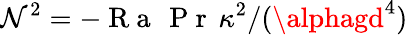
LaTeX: \mathcal{N}^{2}=-\mathrm{{~R~a~\, ~P~r~}}\, \kappa^{2}/(\alphagd^{4})